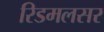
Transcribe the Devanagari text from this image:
रिडमलसर